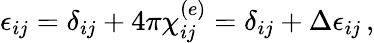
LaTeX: \epsilon_{ij}=\delta_{ij}+4\pi\chi_{ij}^{(e)}=\delta_{ij}+\Delta\epsilon_{ij}\, ,